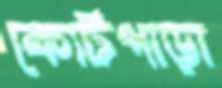
কোর্টপাড়া